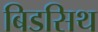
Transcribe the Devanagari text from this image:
बिडसिथ